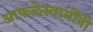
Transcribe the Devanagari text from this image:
आफळेस्वामींनी